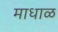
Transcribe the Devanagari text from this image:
माधाळ